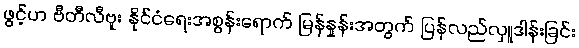
ဖွင့်ဟ ဗီတီလီဗူး နိုင်ငံရေးအစွန်းရောက် မြန်နှုန်းအတွက် ပြန်လည်လှူဒါန်းခြင်း